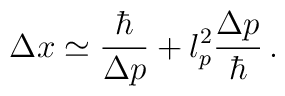
\Delta x \simeq \frac{\hbar}{\Delta p} + l_{p}^{2} \frac{\Delta p}{\hbar} \, .